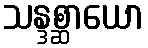
သန္ဒစ္ဆာယော